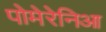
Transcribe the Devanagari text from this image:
पोमेरेनिआ